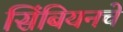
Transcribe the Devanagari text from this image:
सिंबियनचे